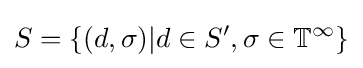
S=\{(d,\sigma )|d\in S',\sigma \in \mathbb {T} ^{\infty }\}